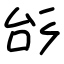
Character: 㣍